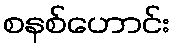
စနစ်ဟောင်း